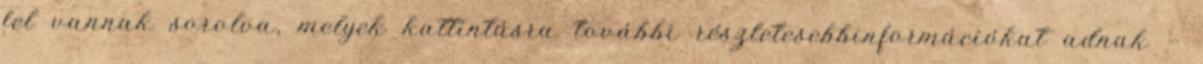
fel vannak sorolva, melyek kattintásra további részletesebbinformációkat adnak —